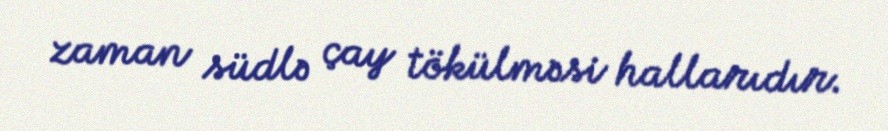
zaman südlə çay tökülməsi hallarıdır.